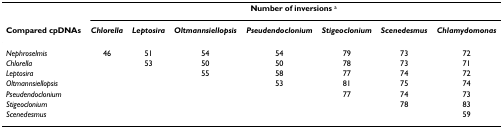
<table><thead><tr><td>[EMPTY_CELL]</td><td colspan="7"><b>Number of inversions <sup>a</sup></b></td></tr><tr><td><b>Compared cpDNAs</b></td><td><b><i>Chlorella</i></b></td><td><b><i>Leptosira</i></b></td><td><b><i>Oltmannsiellopsis</i></b></td><td><b><i>Pseudendoclonium</i></b></td><td><b><i>Stigeoclonium</i></b></td><td><b><i>Scenedesmus</i></b></td><td><b><i>Chlamydomonas</i></b></td></tr></thead><tbody><tr><td><i>Nephroselmis</i></td><td>46</td><td>51</td><td>54</td><td>54</td><td>79</td><td>73</td><td>72</td></tr><tr><td><i>Chlorella</i></td><td>[EMPTY_CELL]</td><td>53</td><td>50</td><td>50</td><td>78</td><td>73</td><td>71</td></tr><tr><td><i>Leptosira</i></td><td>[EMPTY_CELL]</td><td>[EMPTY_CELL]</td><td>55</td><td>58</td><td>77</td><td>74</td><td>72</td></tr><tr><td><i>Oltmannsiellopsis</i></td><td>[EMPTY_CELL]</td><td>[EMPTY_CELL]</td><td>[EMPTY_CELL]</td><td>53</td><td>81</td><td>75</td><td>74</td></tr><tr><td><i>Pseudendoclonium</i></td><td>[EMPTY_CELL]</td><td>[EMPTY_CELL]</td><td>[EMPTY_CELL]</td><td>[EMPTY_CELL]</td><td>77</td><td>74</td><td>73</td></tr><tr><td><i>Stigeoclonium</i></td><td>[EMPTY_CELL]</td><td>[EMPTY_CELL]</td><td>[EMPTY_CELL]</td><td>[EMPTY_CELL]</td><td>[EMPTY_CELL]</td><td>78</td><td>83</td></tr><tr><td><i>Scenedesmus</i></td><td>[EMPTY_CELL]</td><td>[EMPTY_CELL]</td><td>[EMPTY_CELL]</td><td>[EMPTY_CELL]</td><td>[EMPTY_CELL]</td><td>[EMPTY_CELL]</td><td>59</td></tr></tbody></table>